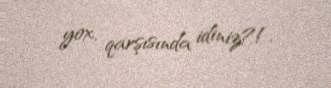
yox, qarşısında idiniz?!.